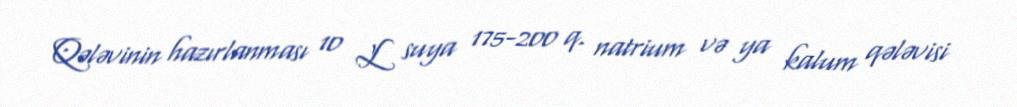
Qələvinin hazırlanması 10 L suya 175-200 q. natrium və ya kalum qələvisi